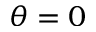
\theta = 0